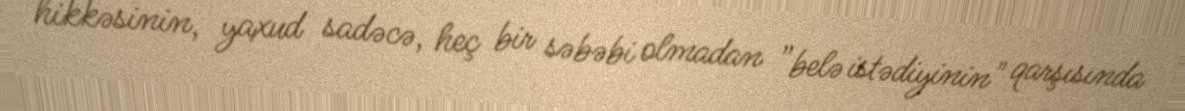
hikkəsinin, yaxud sadəcə, heç bir səbəbi olmadan ”belə istədiyinin" qarşısında